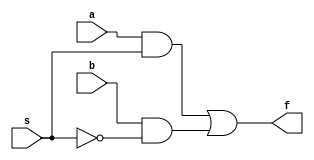
`ifndef mux
`define mux
module mux (a,b,s,f);
    input a,b,s;
    output f;
    wire c,d,e;

    not n1(e,s);
    and a1(c,a,s);
    and a2(d,b,e);
    or o1(f,c,d);
endmodule
`endif